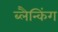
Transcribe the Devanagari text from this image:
ब्लैन्किंग